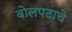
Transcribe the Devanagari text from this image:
बोलपटाचे